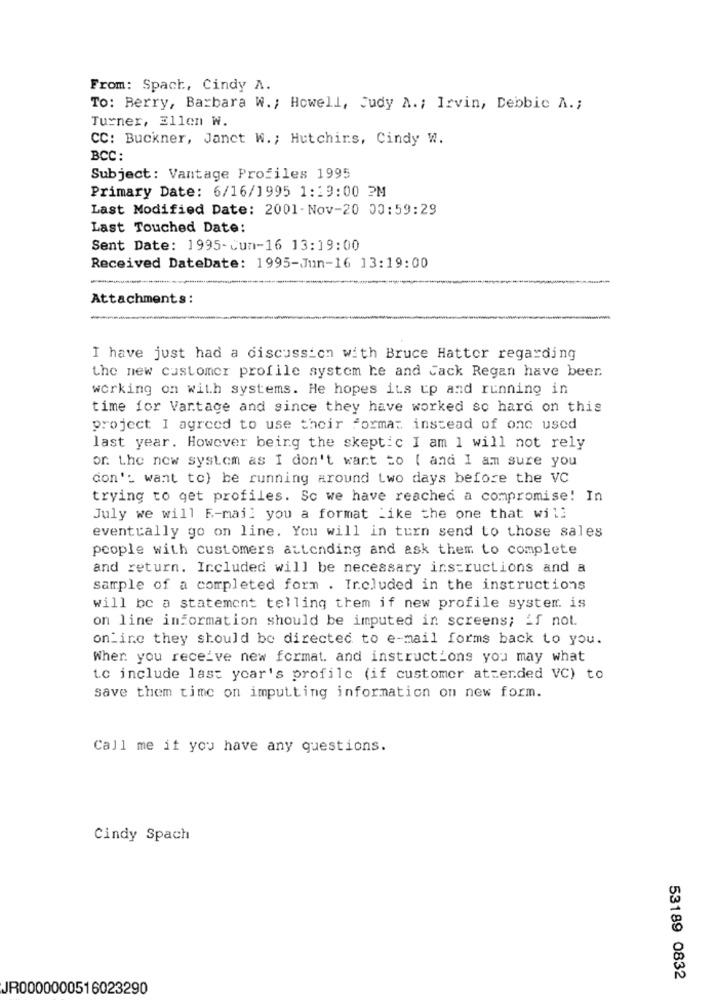
From: Spach, Cindy A.
To: Berry, Barbara W .; Howell, Judy A .; Irvin, Debbic A .;
Turner, Ellen W.
CC: Buckner, Janct W .; Hutchins, Cindy W.
BCC:
Subject: Vantage Profiles 1995
Primary Date: 6/16/1995 1:19:00 2M
Last Modified Date: 2001-Nov-20 00:59:29
Last Touched Date:
Sent Date: 1995-cun-16 13:19:00
Received DateDate: 1995-Jun-16 13:19:00
Attachments:
I have just had a discussion with Bruce Hattor regarding
the new customer profile system he and Cack Regan have beer.
working on with systems. He hopes its up and running in
time for Vantage and since they have worked so hard on this
project I agreed to use their formar instead of onc used
last year. However being the skeptic I am 1 will not rely
or. the new system as I don't want to ( and I am sure you
don't want to) be running around two days before the VC
trying to get profiles. So we have reached a compromise! In
July we will F-mail you a format Like the one that will
eventually go on line. You will in turn send to those sales
people with customers attending and ask them to complete
and return. Included will be necessary instructions and a
sample of a completed form . Included in the instructions
will be a statement telling them if new profile system. is
on line information should be imputed in screens; if not.
online they should be directed to e-mail forms back to you.
When you receive new format. and instructions you may what
to include last year's profile (if customer attended VC) to
save them time on imputting information on new form.
Call me if you have any questions.
Cindy Spach
53189 0832
JR0000000516023290